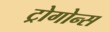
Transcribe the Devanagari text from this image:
ट्रोगोन्स